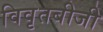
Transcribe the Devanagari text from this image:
विवृतबीजी